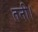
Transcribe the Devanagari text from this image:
तनी।